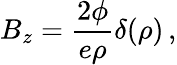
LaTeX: B_{z}={\frac{2\phi}{e\rho}}\delta(\rho)\, ,